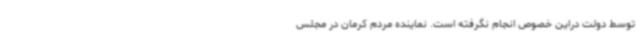
توسط دولت دراین خصوص انجام نگرفته است. نماینده مردم کرمان در مجلس